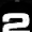
Digit: 2